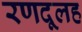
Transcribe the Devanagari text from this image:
रणदूलह